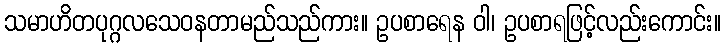
သမာဟိတပုဂ္ဂလသေဝနတာမည်သည်ကား။ ဥပစာရေန ဝါ၊ ဥပစာရဖြင့်လည်းကောင်း။